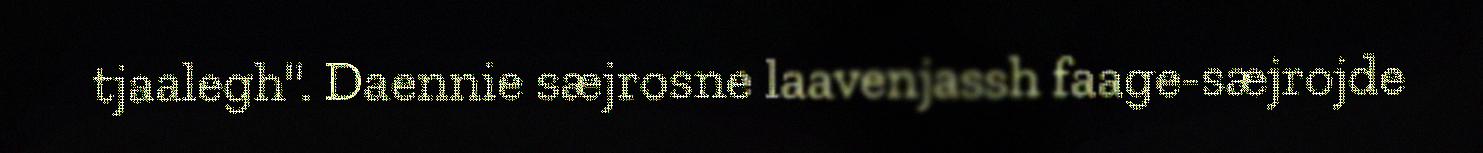
tjaalegh". Daennie sæjrosne laavenjassh faage-sæjrojde